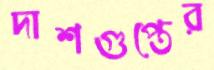
দাশগুপ্তের